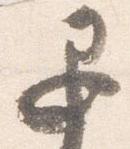
退